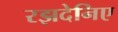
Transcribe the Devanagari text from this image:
रझदेनिए